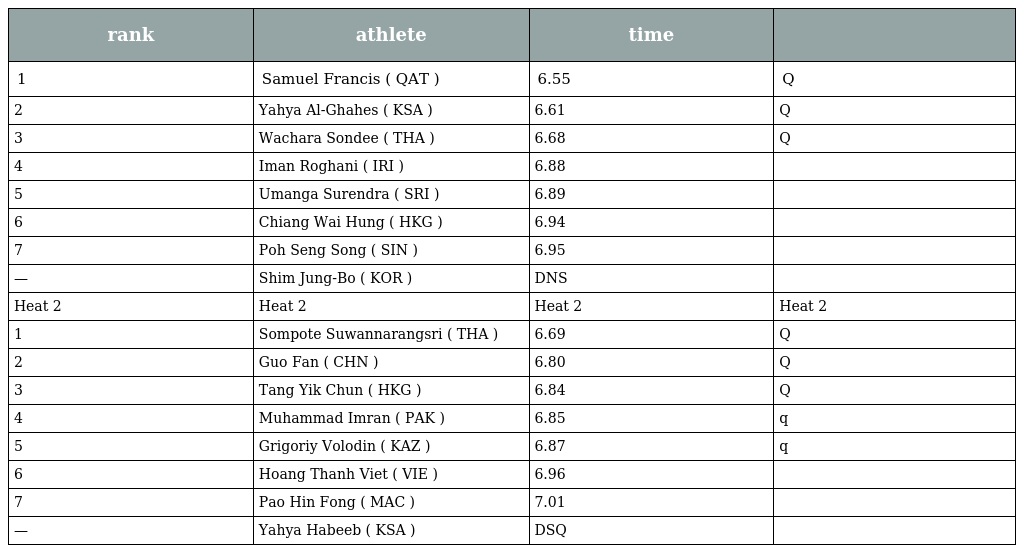
| rank | athlete | time |  |
 | --- | --- | --- | --- |
 | 1 | Samuel Francis ( QAT ) | 6.55 | Q |
 | 2 | Yahya Al-Ghahes ( KSA ) | 6.61 | Q |
 | 3 | Wachara Sondee ( THA ) | 6.68 | Q |
 | 4 | Iman Roghani ( IRI ) | 6.88 |  |
 | 5 | Umanga Surendra ( SRI ) | 6.89 |  |
 | 6 | Chiang Wai Hung ( HKG ) | 6.94 |  |
 | 7 | Poh Seng Song ( SIN ) | 6.95 |  |
 | — | Shim Jung-Bo ( KOR ) | DNS |  |
 | Heat 2 | Heat 2 | Heat 2 | Heat 2 |
 | 1 | Sompote Suwannarangsri ( THA ) | 6.69 | Q |
 | 2 | Guo Fan ( CHN ) | 6.80 | Q |
 | 3 | Tang Yik Chun ( HKG ) | 6.84 | Q |
 | 4 | Muhammad Imran ( PAK ) | 6.85 | q |
 | 5 | Grigoriy Volodin ( KAZ ) | 6.87 | q |
 | 6 | Hoang Thanh Viet ( VIE ) | 6.96 |  |
 | 7 | Pao Hin Fong ( MAC ) | 7.01 |  |
 | — | Yahya Habeeb ( KSA ) | DSQ |  |